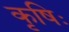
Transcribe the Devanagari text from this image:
कृषिः